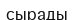
сырады